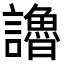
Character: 𧭷